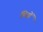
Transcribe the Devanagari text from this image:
मित्रों